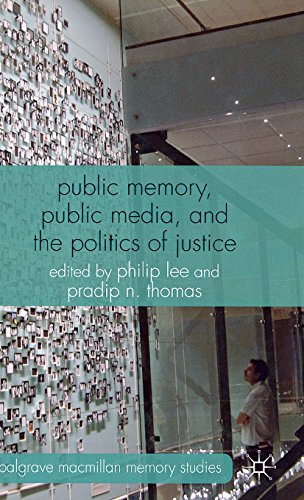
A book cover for Public Memory, Public Media and the Politics of Justice (Palgrave Macmillan Memory Studies); Law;